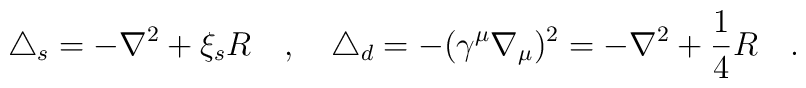
\triangle_s=-\nabla^2+\xi_s R~~~,{}~~~\triangle_d=-(\gamma^\mu\nabla_\mu)^2=-\nabla^2+\frac 14 R~~~.